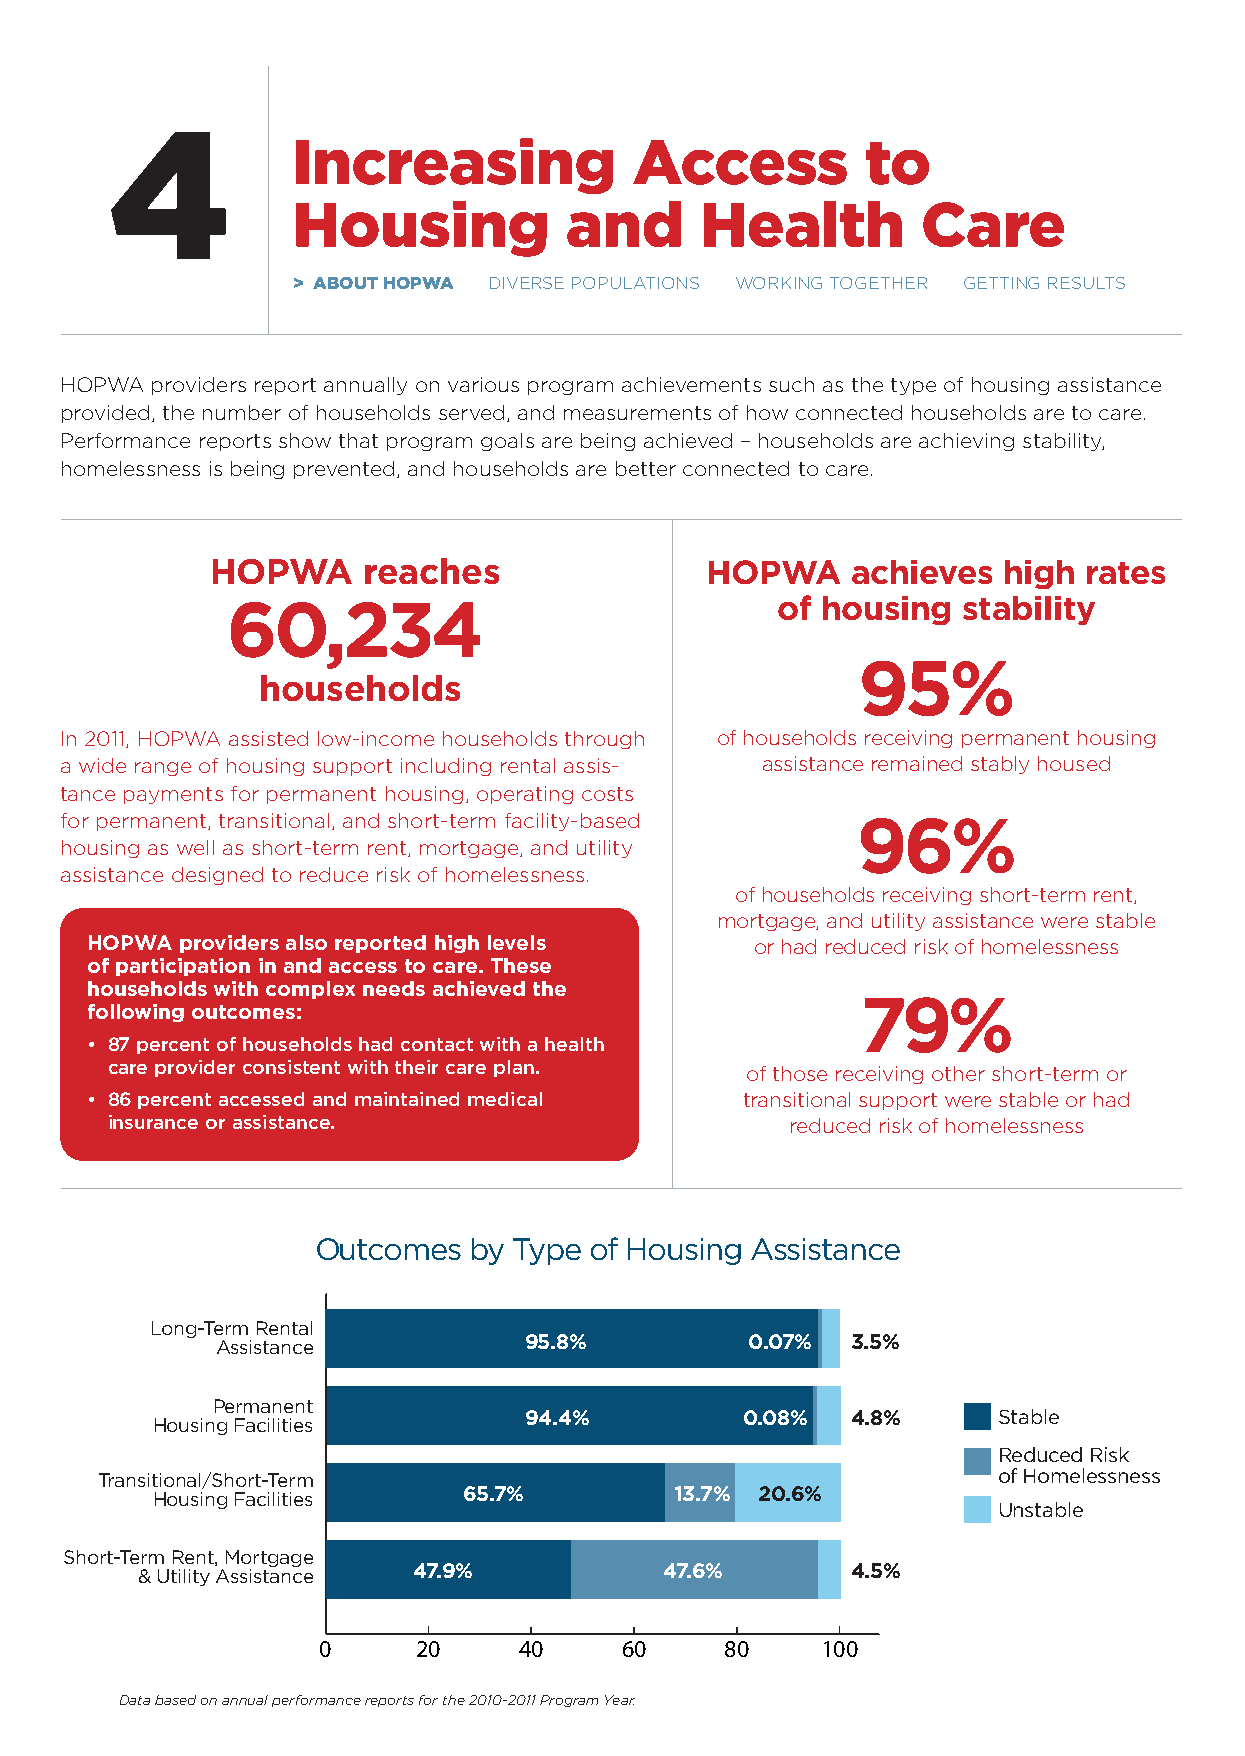
4
 Increasing             Access         to
 Housing           and      Health         Care
 > AbOut HOPWA dIVerse populatIons workIng togetHer gettIng results
 Hopwa providers report annually on various program achievements such as the type of housing assistance
 provided, the number of households served, and measurements of how connected households are to care.
 performance reports show that program goals are being achieved – households are achieving stability,
 homelessness is being prevented, and households are better connected to care.
 HOPWA     reaches                HOPWA    achieves  high  rates
 60,234                              of housing   stability
 95%
 households
 In 2011, Hopwa assisted low-income households through of households receiving permanent housing
 a wide range of housing support including rental assis- assistance remained stably housed
 tance payments for permanent housing, operating costs
 for permanent, transitional, and short-term facility-based 96%
 housing as well as short-term rent, mortgage, and utility
 assistance designed to reduce risk of homelessness.
 of households receiving short-term rent,
 mortgage, and utility assistance were stable
 HOPWA providers also reported high levels   or had reduced risk of homelessness
 of participation in and access to care. These
 households with complex needs achieved the
 79%
 following outcomes:
 • 87 percent of households had contact with a health
 care provider consistent with their care plan.
 of those receiving other short-term or
 • 86 percent accessed and maintained medical transitional support were stable or had
 insurance or assistance.                     reduced risk of homelessness
 Outcomes  by Type of Housing Assistance
 Long-Term Rental
 95.8%          0.07% 3.5%
 Assistance
 Permanent
 94.4%         0.08%  4.8%      Stable
 Housing Facilities
 Reduced Risk
 Transitional/Short-Term                                     of Homelessness
 65.7%         13.7% 20.6%
 Housing Facilities
 Unstable
 Short-Term Rent, Mortgage
 47.9%            47.6%       4.5%
 & Utility Assistance
 0      20    40     60     80    100
 Data based on annual performance reports for the 2010-2011 Program Year.